画像に写った文字を読んでください
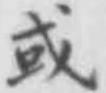
「或」と書いてあります